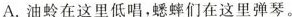
A.油蛉在这里低唱，蟋蟀们在这里弹琴。